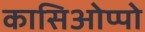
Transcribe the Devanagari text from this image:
कासिओप्पो